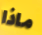
ماذا